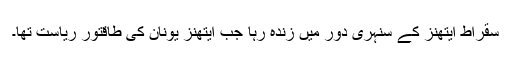
سقراط ایتھنز کے سنہری دور میں زندہ رہا جب ایتھنز یونان کی طاقتور ریاست تھا۔